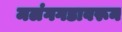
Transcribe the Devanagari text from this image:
मलंगगडावरून